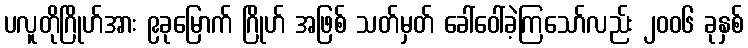
ပလူတိုဂြိုဟ်အား ၉ခုမြောက် ဂြိုဟ် အဖြစ် သတ်မှတ် ခေါ်ဝေါ်ခဲ့ကြသော်လည်း ၂၀၀၆ ခုနှစ်